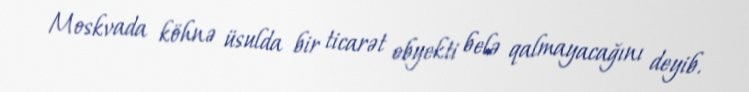
Moskvada köhnə üsulda bir ticarət obyekti belə qalmayacağını deyib.